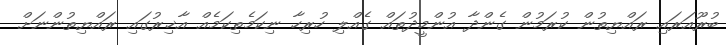
ބުރޫއަރައި ރައްޔިތުން ކުރަމުން ގެންދާ އުންމީދުތައް ގެއްލި ހުރިހާ ނިކަމެތިކަމެއް އާޚިރުގައި ރައްޔިތުންނަށް